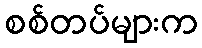
စစ်တပ်များက